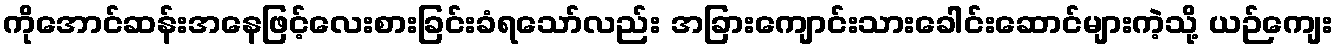
ကိုအောင်ဆန်းအနေဖြင့်လေးစားခြင်းခံရသော်လည်း အခြားကျောင်းသားခေါင်းဆောင်များကဲ့သို့ ယဉ်ကျေး